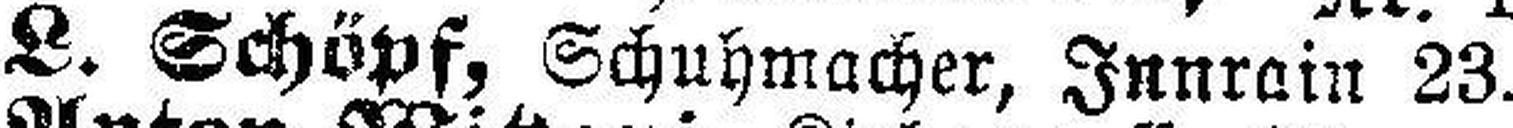
L. Schöpf, Schuhmacher, Innrain 23.